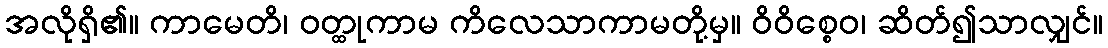
အလိုရှိ၏။ ကာမေတိ၊ ဝတ္ထုကာမ ကိလေသာကာမတို့မှ။ ဝိဝိစ္စေဝ၊ ဆိတ်၍သာလျှင်။